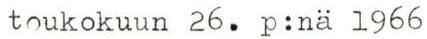
toukokuun 26. p:nä 1966